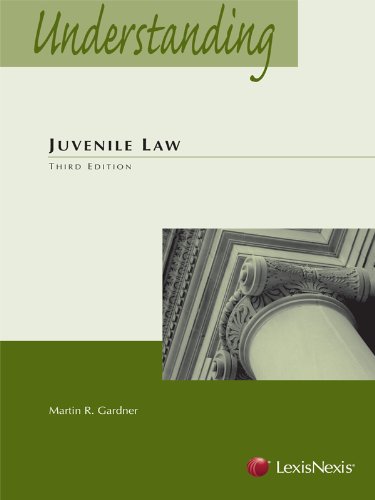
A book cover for Understanding Juvenile Law, 3rd Edition (The Understanding Series); Martin R. Gardner; Law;